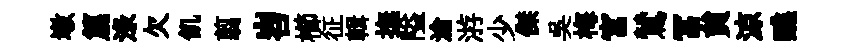
墩篇渌欠飢翦岧櫛征輯撫隘滄㳺少傑吴梅宮鷥冨貟涼醮